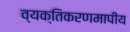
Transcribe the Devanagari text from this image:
व्यक्तिकरणमापीय